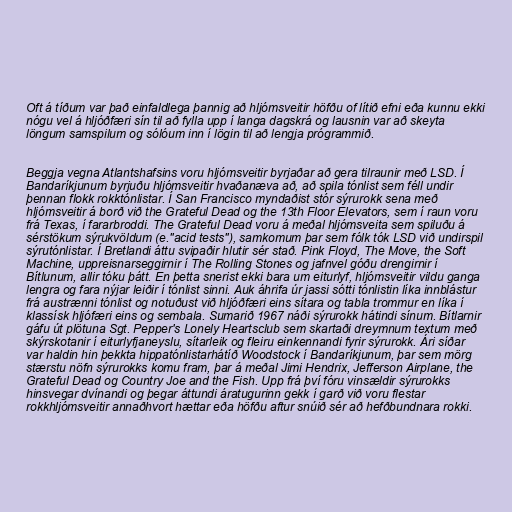
Oft á tíðum var það einfaldlega þannig að hljómsveitir höfðu of lítið efni eða kunnu ekki
nógu vel á hljóðfæri sín til að fylla upp í langa dagskrá og lausnin var að skeyta
löngum samspilum og sólóum inn í lögin til að lengja prógrammið.

Beggja vegna Atlantshafsins voru hljómsveitir byrjaðar að gera tilraunir með LSD. Í
Bandaríkjunum byrjuðu hljómsveitir hvaðanæva að, að spila tónlist sem féll undir
þennan flokk rokktónlistar. Í San Francisco myndaðist stór sýrurokk sena með
hljómsveitir á borð við the Grateful Dead og the 13th Floor Elevators, sem í raun voru
frá Texas, í fararbroddi. The Grateful Dead voru á meðal hljómsveita sem spiluðu á
sérstökum sýrukvöldum (e."acid tests"), samkomum þar sem fólk tók LSD við undirspil
sýrutónlistar. Í Bretlandi áttu svipaðir hlutir sér stað. Pink Floyd, The Move, the Soft
Machine, uppreisnarseggirnir í The Rolling Stones og jafnvel góðu drengirnir í
Bítlunum, allir tóku þátt. En þetta snerist ekki bara um eiturlyf, hljómsveitir vildu ganga
lengra og fara nýjar leiðir í tónlist sinni. Auk áhrifa úr jassi sótti tónlistin líka innblástur
frá austrænni tónlist og notuðust við hljóðfæri eins sítara og tabla trommur en líka í
klassísk hljófæri eins og sembala. Sumarið 1967 náði sýrurokk hátindi sínum. Bítlarnir
gáfu út plötuna Sgt. Pepper's Lonely Heartsclub sem skartaði dreymnum textum með
skýrskotanir í eiturlyfjaneyslu, sítarleik og fleiru einkennandi fyrir sýrurokk. Ári síðar
var haldin hin þekkta hippatónlistarhátíð Woodstock í Bandaríkjunum, þar sem mörg
stærstu nöfn sýrurokks komu fram, þar á meðal Jimi Hendrix, Jefferson Airplane, the
Grateful Dead og Country Joe and the Fish. Upp frá því fóru vinsældir sýrurokks
hinsvegar dvínandi og þegar áttundi áratugurinn gekk í garð við voru flestar
rokkhljómsveitir annaðhvort hættar eða höfðu aftur snúið sér að hefðbundnara rokki.